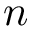
\boldsymbol { n }